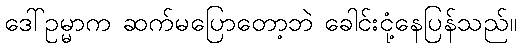
ဒေါ်ဥမ္မာက ဆက်မပြောတော့ဘဲ ခေါင်းငုံ့နေပြန်သည်။